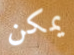
يمكن